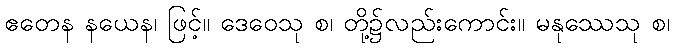
ဧတေန နယေန၊ ဖြင့်။ ဒေဝေသု စ၊ တို့၌လည်းကောင်း။ မနုဿေသု စ၊